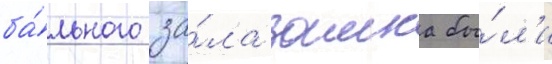
ба́льного за́ла замка бы́л'и